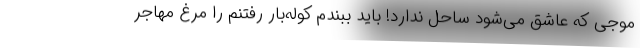
موجی که عاشق می‌شود ساحل ندارد! باید ببندم کوله‌بار رفتنم را مرغ مهاجر